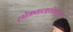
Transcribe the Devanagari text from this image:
लोककलावंतांच्या